Scottish Leaving Certificate Examination, 1958
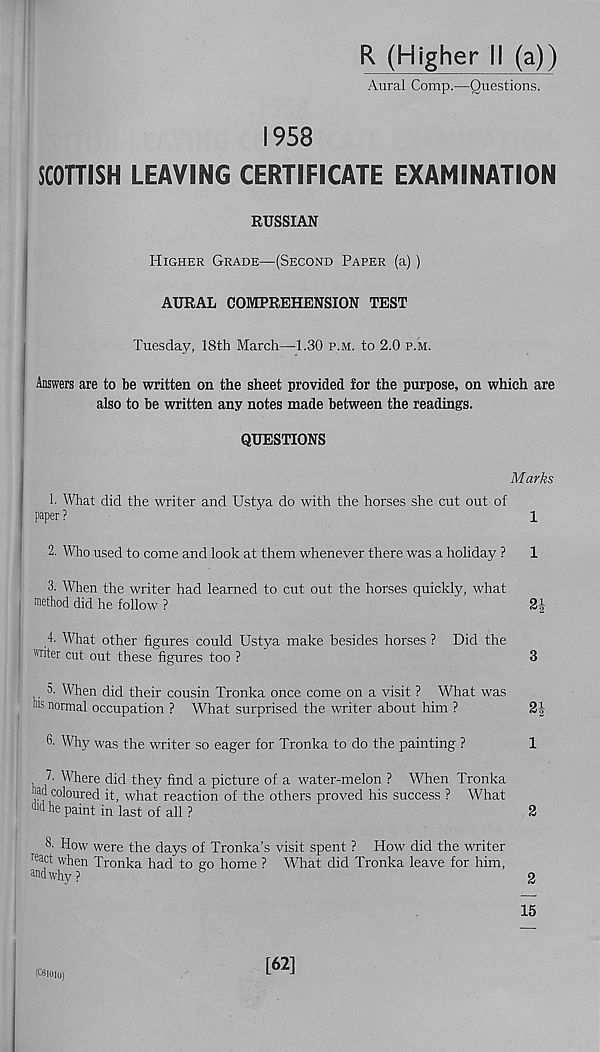
R (Higher II (a))
Aural Comp.—Questions.
1958
SCOTTISH LEAVING CERTIFICATE EXAMINATION
RUSSIAN
Higher Grade—(Second Paper (a))
AURAL COMPREHENSION TEST
Tuesday, 18th March—1.30 p.m. to 2.0 p.m.
Answers are to be written on the sheet provided for the purpose, on which are
also to be written any notes made between the readings.
QUESTIONS
Marks
1. What did the writer and Ustya do with the horses she cut out of
paper ?
1
2. Who used to come and look at them whenever there was a holiday ?
1
3. When the writer had learned to cut out the horses quickly, what
method did he follow ?
'
2|
4- What other figures could Ustya make besides horses ? Did the
"liter cut out these figures too ?
3
3. When did their cousin Tronka once come on a visit ? What was
ms normal occupation ? What surprised the writer about him ?
2J
6- Why was the writer so eager for Tronka to do the painting ?
1
7. Where did they find a picture of a water-melon ? When Tronka
‘jad coloured it, what reaction of the others proved his success ? What
dld he paint in last of all ?
2
3- How were the days of Tronka’s visit spent ? How did the writer
rea -ct when Tronka had to go home ? What did Tronka leave for him,
and why?
15
(cewio)
[62]